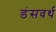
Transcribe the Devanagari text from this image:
डंसवर्थ